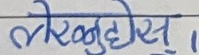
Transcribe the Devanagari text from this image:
लेल्हूसे ।